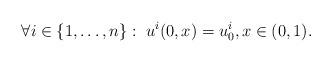
LaTeX: \begin{align*}\forall i\in\{1,\ldots,n\}:\; u^i(0,x)=u_0^i,x\in(0,1).\end{align*}